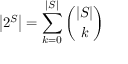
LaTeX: \left| 2 ^ { S } \right| = \sum _ { k = 0 } ^ { | S | } { \binom { | S | } { k } }